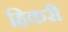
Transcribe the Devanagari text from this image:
हिकरी